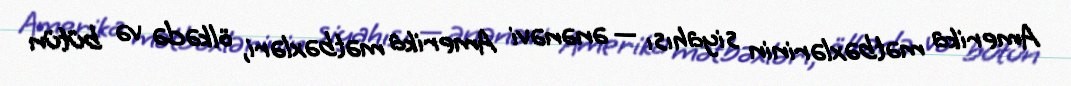
Amerika mətbəxlərinin siyahısı — ənənəvi Amerika mətbəxləri, ölkədə və bütün